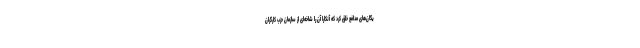
یگان‌های مدافع خلق کرد که آنکارا آن را شاخه‌ای از سازمان حزب کارگران